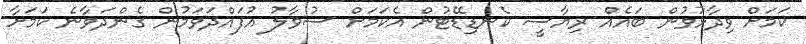
ކަމަށް ވިދާޅުވުން ބައެއް ރިޔާސީ ކެނޑިޑޭޓުން އެކަމަށް ސުވާލު އުފައްދަވަމުން ގެންދަވާނެ ކަމަށާ